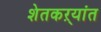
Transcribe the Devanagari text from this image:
शेतकऱ्यांत